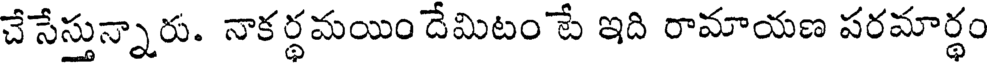
చేసేస్తున్నారు. నాకర్థమయిం దేమిటం టే ఇది రామాయణ పరమార్థం